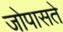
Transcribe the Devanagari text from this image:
जोपासते